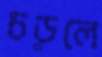
চড়লে